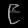
Digit: ၉